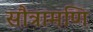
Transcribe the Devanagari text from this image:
सौत्रामणि